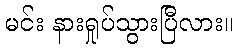
မင်း နားရှုပ်သွားပြီလား။